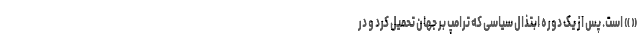
« » است. پس از یک دوره ابتذال سیاسی که ترامپ بر جهان تحمیل کرد و در